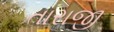
તારાજી